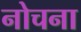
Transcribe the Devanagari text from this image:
नोचना